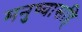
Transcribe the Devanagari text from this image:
मनुष्यासहि